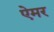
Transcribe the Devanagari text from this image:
ऐमर